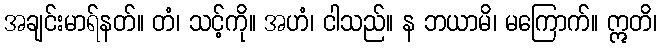
အချင်းမာရ်နတ်။ တံ၊ သင့်ကို။ အဟံ၊ ငါသည်။ န ဘယာမိ၊ မကြောက်။ ဣတိ၊